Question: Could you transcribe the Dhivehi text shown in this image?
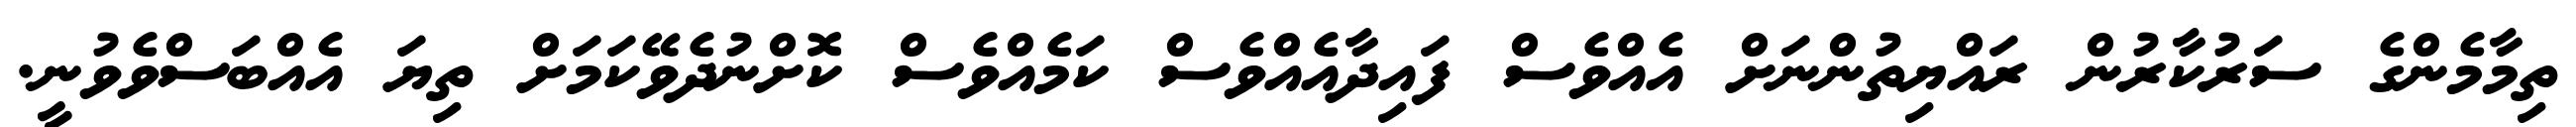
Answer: ތިމާމެންގެ ސަރުކާރުން ރައްޔިތުންނަށް އެއްވެސް ފައިދާއެއްވެސް ކަމެއްވެސް ކޮށްނުދެވޭކަމަށް ތިޔަ އެއްބަސްވެވުނީ.